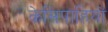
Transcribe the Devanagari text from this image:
केसिपाहियों